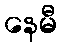
နေမီ